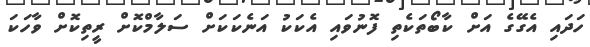
ހަދައި އެގޭގެ އަށް ކާބޯތަކެތި ފޮނުވައި އެކަކު އަނެކަކަށް ސަލާމްކޮށް ރީތިކޮށް ވާހަކަ